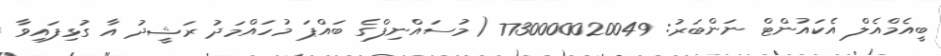
ބީއެމްއެލް އެކައުންޓް ނަންބަރު: 7730000020049 (މުސައްނިފްގެ ބައްޕަ މުހައްމަދު ރަޝީދު އާ ގުޅިފައިވާ